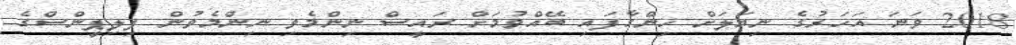
2018 ވަނަ އަހަރުގެ ނިޔަލަށް ހިންގާފައި ބޭއްވުމަށް ރައީސް ނިންމެވި ނިންމެވުން ފިލިޕީންސްގެ